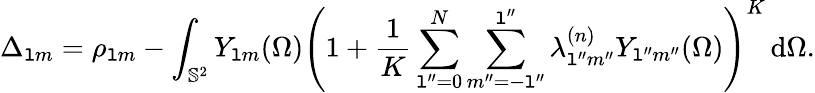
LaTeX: \Delta_{\mathtt{l}m}=\rho_{\mathtt{l}m}-\int_{\mathbb{{S}}^{2}}Y_{\mathtt{l}m}(\Omega)\left(1+\frac{{1}}{{K}}\sum_{\mathtt{l}^{\prime\prime}=0}^{N}\sum_{m^{\prime\prime}=-\mathtt{l}^{\prime\prime}}^{\mathtt{l}^{\prime\prime}}\lambda_{\mathtt{l}^{\prime\prime}m^{\prime\prime}}^{(n)}Y_{\mathtt{l}^{\prime\prime}m^{\prime\prime}}(\Omega)\right)^{K}\, \mathrm{{d}}\Omega.